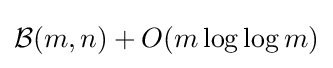
{\mathcal {B}}(m,n)+O(m\log \log m)